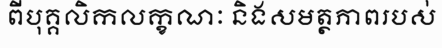
ពីបុគ្គលិកលក្ខណៈ និងសមត្ថភាពរបស់